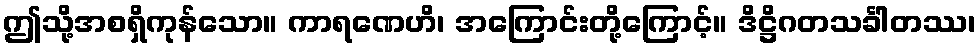
ဤသို့အစရှိကုန်သော။ ကာရဏေဟိ၊ အကြောင်းတို့ကြောင့်။ ဒိဋ္ဌိဂတသင်္ခါတဿ၊